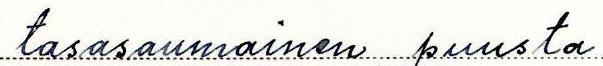
tasasaumainen, puusta